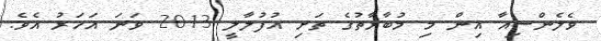
ވެލެންސިއާ އިން މި މުބާރާތުގެ ތަށި އުފުލާލީ 2013 ވަނަ އަހަރު އެވެ.